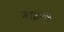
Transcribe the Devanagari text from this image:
जाइगी।